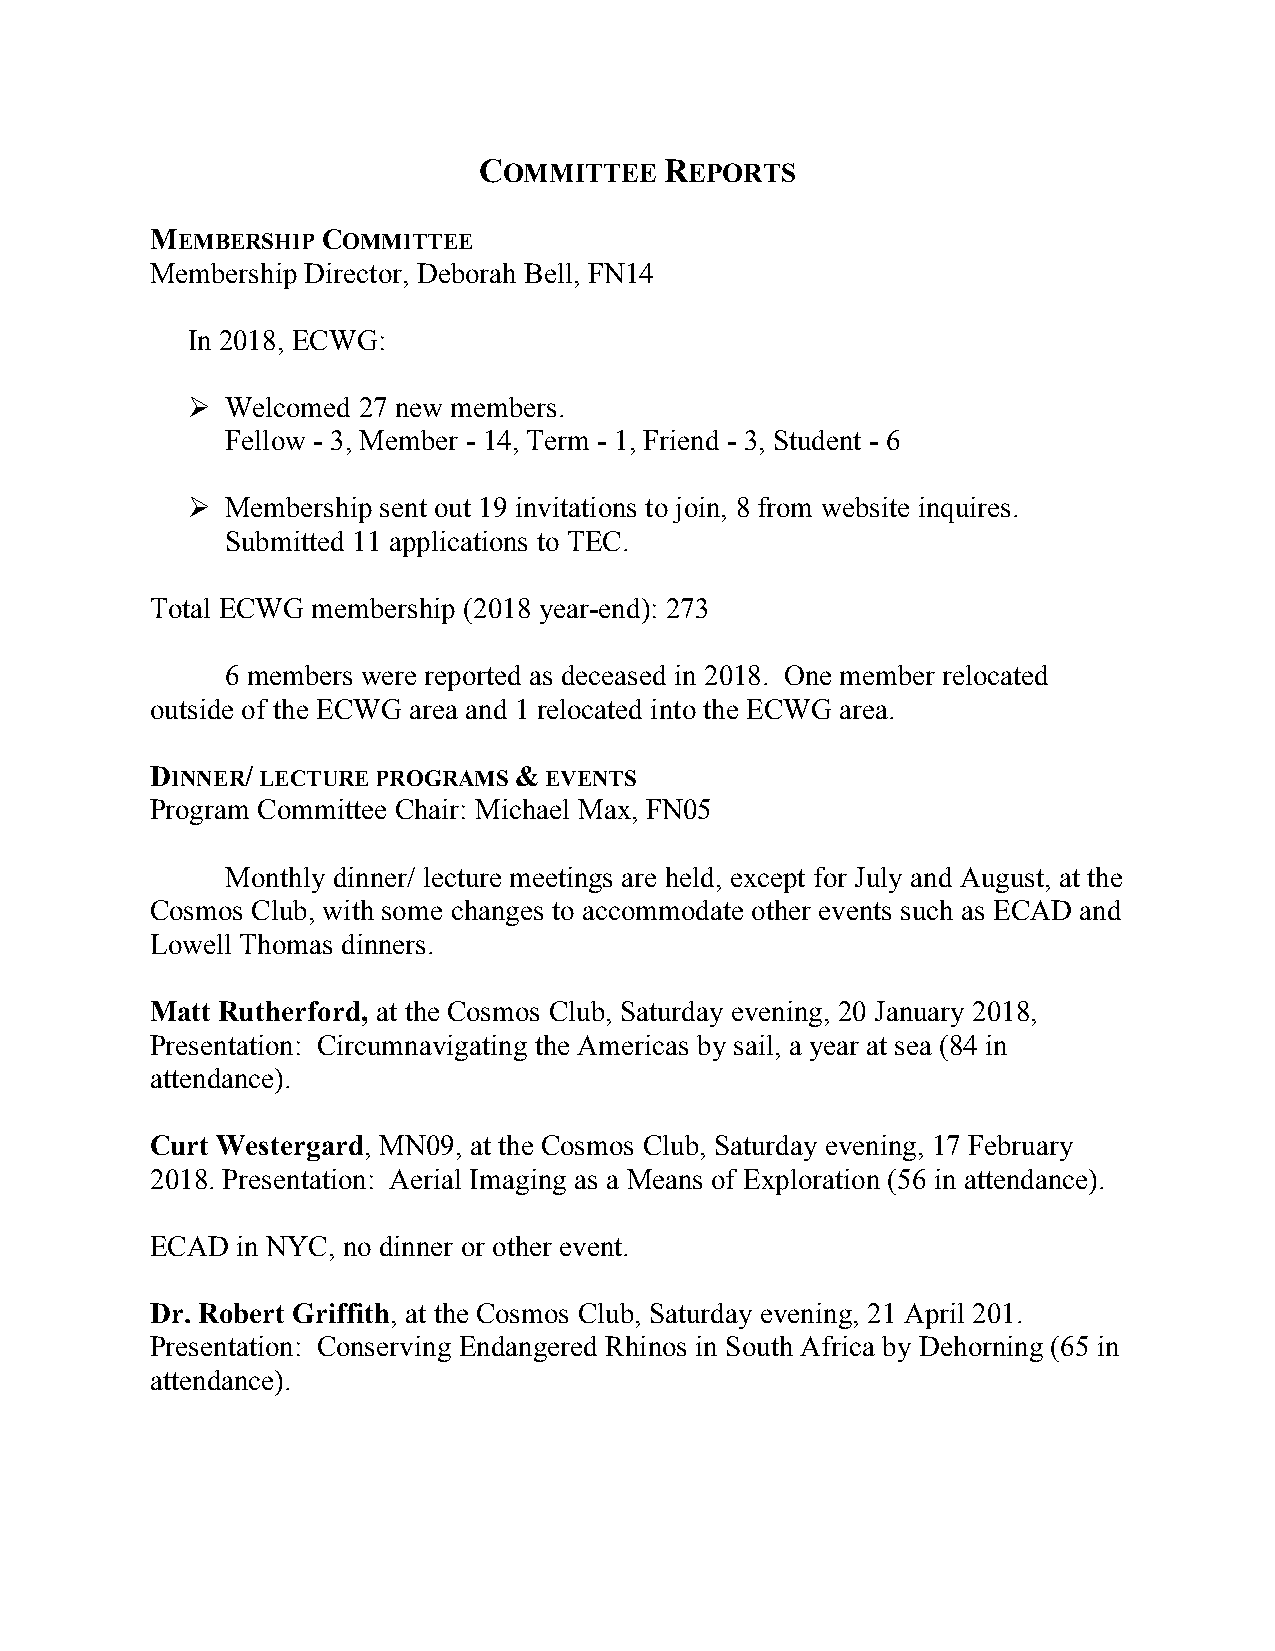
COMMITTEE   REPORTS
 MEMBERSHIP COMMITTEE
 Membership Director, Deborah Bell, FN14
 In 2018, ECWG:
 Ø  Welcomed 27 new members.
 Fellow - 3, Member - 14, Term - 1, Friend - 3, Student - 6
 Ø  Membership sent out 19 invitations to join, 8 from website inquires.
 Submitted 11 applications to TEC.
 Total ECWG membership (2018 year-end): 273
 6 members were reported as deceased in 2018. One member relocated
 outside of the ECWG area and 1 relocated into the ECWG area.
 DINNER/ LECTURE PROGRAMS & EVENTS
 Program Committee Chair: Michael Max, FN05
 Monthly dinner/ lecture meetings are held, except for July and August, at the
 Cosmos Club, with some changes to accommodate other events such as ECAD and
 Lowell Thomas dinners.
 Matt Rutherford, at the Cosmos Club, Saturday evening, 20 January 2018,
 Presentation: Circumnavigating the Americas by sail, a year at sea (84 in
 attendance).
 Curt Westergard, MN09, at the Cosmos Club, Saturday evening, 17 February
 2018. Presentation: Aerial Imaging as a Means of Exploration (56 in attendance).
 ECAD  in NYC, no dinner or other event.
 Dr. Robert Griffith, at the Cosmos Club, Saturday evening, 21 April 201.
 Presentation: Conserving Endangered Rhinos in South Africa by Dehorning (65 in
 attendance).